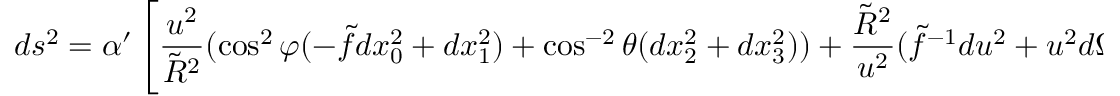
d s ^ { 2 } = \alpha ^ { \prime } \left[ \frac { u ^ { 2 } } { \tilde { R } ^ { 2 } } ( \cos ^ { 2 } \varphi ( - \tilde { f } d x _ { 0 } ^ { 2 } + d x _ { 1 } ^ { 2 } ) + \cos ^ { - 2 } \theta ( d x _ { 2 } ^ { 2 } + d x _ { 3 } ^ { 2 } ) ) + \frac { \tilde { R } ^ { 2 } } { u ^ { 2 } } ( \tilde { f } ^ { - 1 } d u ^ { 2 } + u ^ { 2 } d \Omega ^ { 2 } ) \right] ,